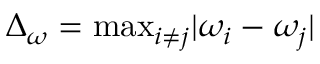
\Delta _ { \omega } = \mathrm { m a x } _ { i \neq j } | \omega _ { i } - \omega _ { j } |